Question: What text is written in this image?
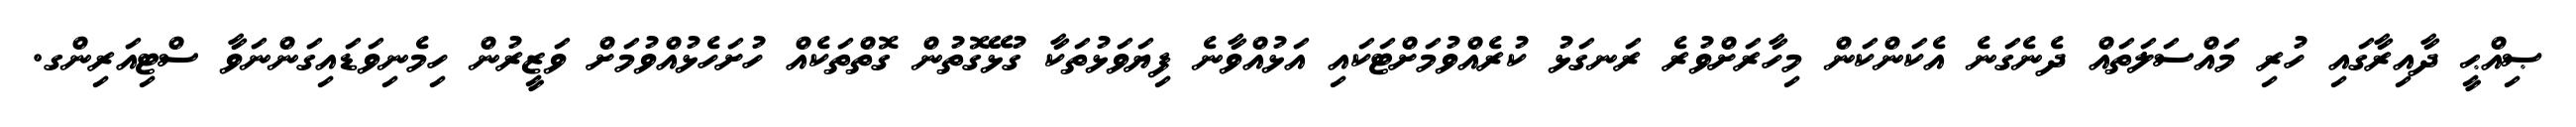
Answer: ޞިއްޙީ ދާއިރާގައި ހުރި މައްސަލަތައް ދެނެގަނެ އެކަންކަން މިހާރަށްވުރެ ރަނގަޅު ކުރެއްވުމަށްޓަކައި އަޅުއްވާނެ ފިޔަވަޅުތަކާ ގުޅޭގޮތުން ގޮތްތަކެއް ހުށަހެޅުއްވުމަށް ވަޒީރުން ހިމެނިވަޑައިގަންނަވާ ސްޓިއަރިންގ.